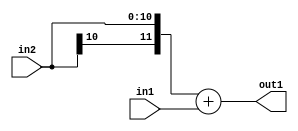
`timescale 1ps / 1ps
/*****************************************************************************
    Verilog RTL Description
    
    
    Created by: Stratus DpOpt 2019.1.01 
*******************************************************************************/

module SobelFilter_Add_11Sx9U_12S_4 (
	in2,
	in1,
	out1
	); /* architecture "behavioural" */ 
input [10:0] in2;
input [8:0] in1;
output [11:0] out1;
wire [11:0] asc001;

assign asc001 = 
	+({in2[10], in2})
	+(in1);

assign out1 = asc001;
endmodule

/* CADENCE  ubH4QgE= : u9/ySgnWtBlWxVPRXgAZ4Og= ** DO NOT EDIT THIS LINE ******/